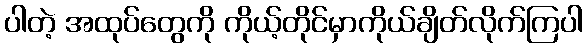
ပါတဲ့ အထုပ်တွေကို ကိုယ့်တိုင်မှာကိုယ်ချိတ်လိုက်ကြပါ